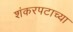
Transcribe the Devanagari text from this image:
शंकरपटाच्या